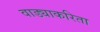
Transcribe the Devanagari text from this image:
वाड्याकरिता